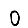
Digit: 0